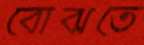
বোঝতে